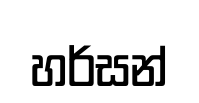
හර්සන්